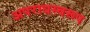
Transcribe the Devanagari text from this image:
अपराधस्वरूप